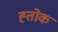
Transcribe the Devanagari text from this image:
ह्तोक